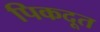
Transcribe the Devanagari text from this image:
पिकदूत